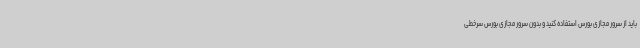
باید از سرور مجازی بورس استفاده کنید و بدون سرور مجازی بورس سرخطی